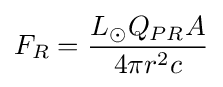
F_{R}={{L_{\odot }Q_{PR}A} \over {4\pi r^{2}c}}